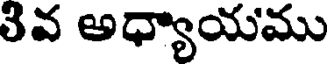
3వ అధ్యాయము